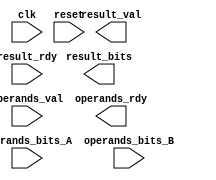
//=========================================================================
// Template for GCD coprocessor
//-------------------------------------------------------------------------
//

module gcd_coprocessor #( parameter W = 32 ) (
  input clk,
  input reset,

  input operands_val,
  input [W-1:0] operands_bits_A,
  input [W-1:0] operands_bits_B,
  output operands_rdy,

  output result_val,
  output [W-1:0] result_bits,
  input result_rdy

);

  // You should be able to build this with mostly structural verilog!

  // TODO: Define wires

  // TODO: Instantiate gcd_datapath

  // TODO: Instantiate gcd_control

  // TODO: Instantiate request FIFO

  // TODO: Instantiate response FIFO

endmodule